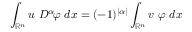
\int _ { \mathbb { R } ^ { n } } u \ D ^ { \alpha } \! \varphi \ d x = ( - 1 ) ^ { | \alpha | } \int _ { \mathbb { R } ^ { n } } v \ \varphi \ d x